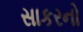
સાકરનો